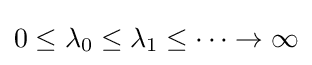
0\leq \lambda _{0}\leq \lambda _{1}\leq \cdots \rightarrow \infty